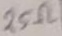
Text: 25Ω